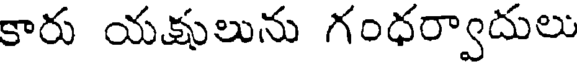
కారు యక్షులును గంధర్వాదులు